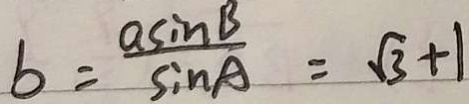
b = \frac { a \sin B } { \sin A } = \sqrt { 3 } + 1